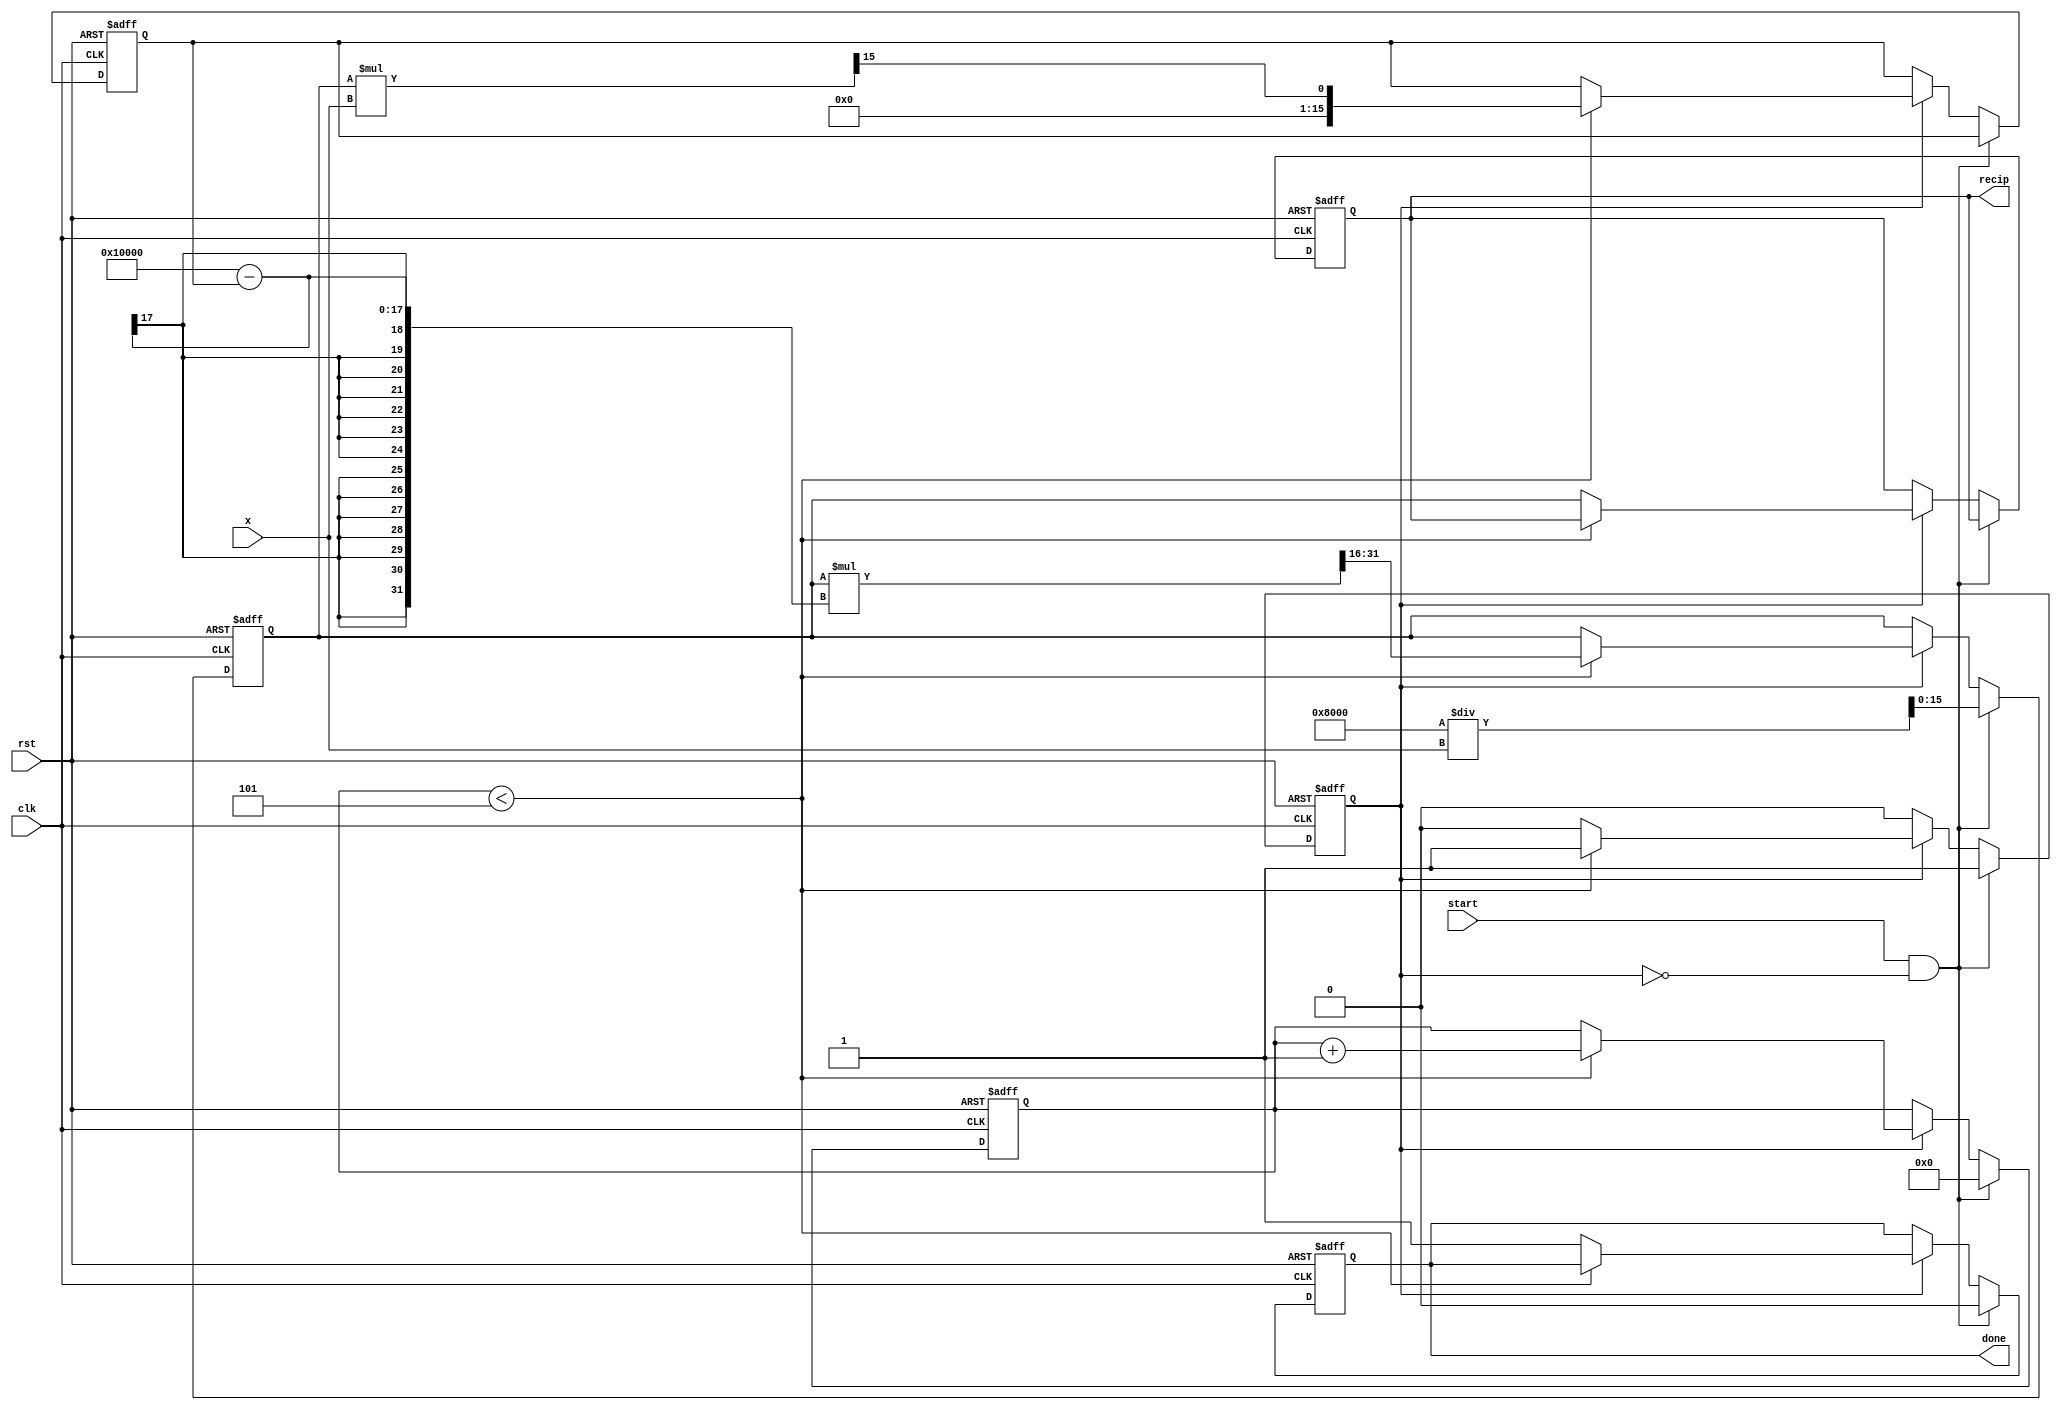
module iterative_reciprocal #(
    parameter N = 16, // Bit-width of the input and output
    parameter MAX_ITER = 5 // Maximum number of iterations
)(
    input wire clk,
    input wire rst,
    input wire [N-1:0] x, // Input value (must be > 0)
    input wire start, // Signal to start the computation
    output reg [N-1:0] recip, // Output reciprocal
    output reg done // Signal to indicate completion
);

    reg [N-1:0] current_guess;
    reg [N-1:0] error;
    reg [3:0] iteration_count; // Counter for iterations
    reg computing; // State to indicate if computation is ongoing

    // Initial guess calculation (simple approximation)
    function [N-1:0] initial_guess;
        input [N-1:0] x;
        begin
            // Simple initial guess: 1 << (N-1) / x (this is a rough approximation)
            initial_guess = (1 << (N-1)) / x;
        end
    endfunction

    always @(posedge clk or posedge rst) begin
        if (rst) begin
            recip <= 0;
            done <= 0;
            current_guess <= 0;
            error <= 0;
            iteration_count <= 0;
            computing <= 0;
        end else if (start && !computing) begin
            // Start the computation
            current_guess <= initial_guess(x);
            iteration_count <= 0;
            done <= 0;
            computing <= 1;
        end else if (computing) begin
            // Perform the iterative computation
            if (iteration_count < MAX_ITER) begin
                // Calculate the product of current guess and x
                error <= (current_guess * x) >> (N-1); // Scale down to avoid overflow
                // Update the guess using Newton-Raphson formula
                current_guess <= current_guess * (2**N - error) >> N; // Adjust guess
                iteration_count <= iteration_count + 1;
            end else begin
                // Finished iterations
                recip <= current_guess;
                done <= 1;
                computing <= 0;
            end
        end
    end

endmodule